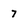
Character: 7